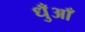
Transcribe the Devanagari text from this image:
धुँआँ